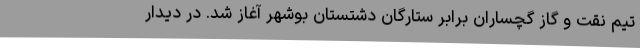
تیم نقت و گاز گچساران برابر ستارگان دشتستان بوشهر آغاز شد. در دیدار